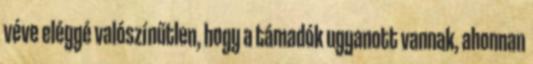
véve eléggé valószínűtlen, hogy a támadók ugyanott vannak, ahonnan